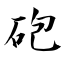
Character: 砲